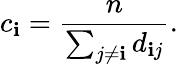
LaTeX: c_{\mathbf{i}}=\frac{{n}}{{\sum_{j\neq\mathbf{i}}d_{\mathbf{i}j}}}.